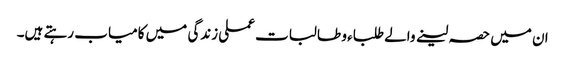
ان میں حصہ لینے والے طلباء و طالبات عملی زندگی میں کامیاب رہتے ہیں۔